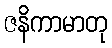
ဇနိကာမာတု